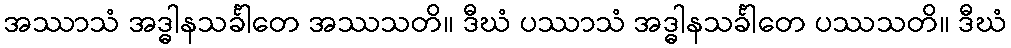
အဿာသံ အဒ္ဓါနသင်္ခါတေ အဿသတိ။ ဒီဃံ ပဿာသံ အဒ္ဓါနသင်္ခါတေ ပဿသတိ။ ဒီဃံ